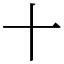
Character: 十